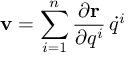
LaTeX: \displaystyle \mathbf { v } = \sum _ { i = 1 } ^ { n } { \frac { \partial \mathbf { r } } { \partial q ^ { i } } } \, { \dot { q } } ^ { i }